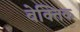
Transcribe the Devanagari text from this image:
वेक्तिक